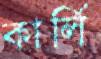
কার্লি